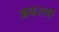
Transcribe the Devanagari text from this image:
अवरला